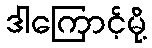
ဒါကြောင့်မို့